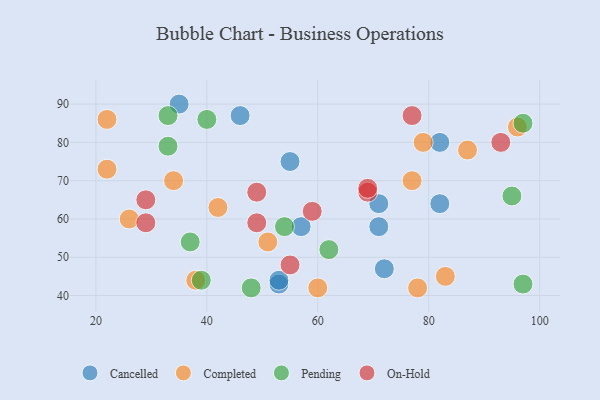
{"axis": {"x": "GDP", "y": "Life Expectancy"}, "legend": ["Cancelled", "Completed", "On-Hold", "Pending"], "data": [{"x": "71", "y": 58, "type": "Cancelled"}, {"x": "53", "y": 43, "type": "Cancelled"}, {"x": "35", "y": 90, "type": "Cancelled"}, {"x": "72", "y": 47, "type": "Cancelled"}, {"x": "82", "y": 64, "type": "Cancelled"}, {"x": "55", "y": 75, "type": "Cancelled"}, {"x": "46", "y": 87, "type": "Cancelled"}, {"x": "71", "y": 64, "type": "Cancelled"}, {"x": "57", "y": 58, "type": "Cancelled"}, {"x": "82", "y": 80, "type": "Cancelled"}, {"x": "53", "y": 44, "type": "Cancelled"}, {"x": "96", "y": 84, "type": "Completed"}, {"x": "22", "y": 86, "type": "Completed"}, {"x": "79", "y": 80, "type": "Completed"}, {"x": "34", "y": 70, "type": "Completed"}, {"x": "51", "y": 54, "type": "Completed"}, {"x": "60", "y": 42, "type": "Completed"}, {"x": "42", "y": 63, "type": "Completed"}, {"x": "38", "y": 44, "type": "Completed"}, {"x": "87", "y": 78, "type": "Completed"}, {"x": "83", "y": 45, "type": "Completed"}, {"x": "26", "y": 60, "type": "Completed"}, {"x": "22", "y": 73, "type": "Completed"}, {"x": "77", "y": 70, "type": "Completed"}, {"x": "78", "y": 42, "type": "Completed"}, {"x": "48", "y": 42, "type": "Pending"}, {"x": "97", "y": 85, "type": "Pending"}, {"x": "39", "y": 44, "type": "Pending"}, {"x": "95", "y": 66, "type": "Pending"}, {"x": "62", "y": 52, "type": "Pending"}, {"x": "97", "y": 43, "type": "Pending"}, {"x": "37", "y": 54, "type": "Pending"}, {"x": "40", "y": 86, "type": "Pending"}, {"x": "54", "y": 58, "type": "Pending"}, {"x": "33", "y": 79, "type": "Pending"}, {"x": "33", "y": 87, "type": "Pending"}, {"x": "49", "y": 59, "type": "On-Hold"}, {"x": "69", "y": 67, "type": "On-Hold"}, {"x": "59", "y": 62, "type": "On-Hold"}, {"x": "93", "y": 80, "type": "On-Hold"}, {"x": "69", "y": 68, "type": "On-Hold"}, {"x": "29", "y": 65, "type": "On-Hold"}, {"x": "49", "y": 67, "type": "On-Hold"}, {"x": "55", "y": 48, "type": "On-Hold"}, {"x": "29", "y": 59, "type": "On-Hold"}, {"x": "77", "y": 87, "type": "On-Hold"}]}